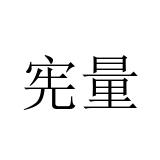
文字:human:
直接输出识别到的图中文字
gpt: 宪量